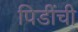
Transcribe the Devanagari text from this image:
पिडींची